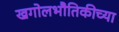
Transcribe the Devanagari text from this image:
खगोलभौतिकीच्या